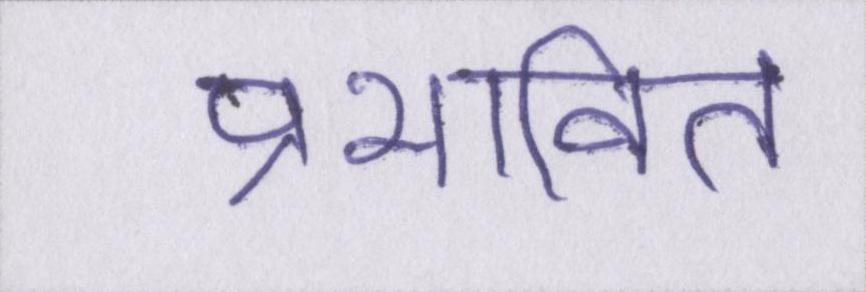
प्रभावित